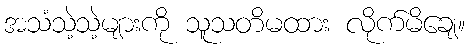
အသံသဲ့သဲ့များကို သူသတိမထား လိုက်မိချေ။